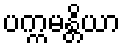
ပက္ကမန္တိယာ